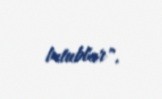
tutublar".